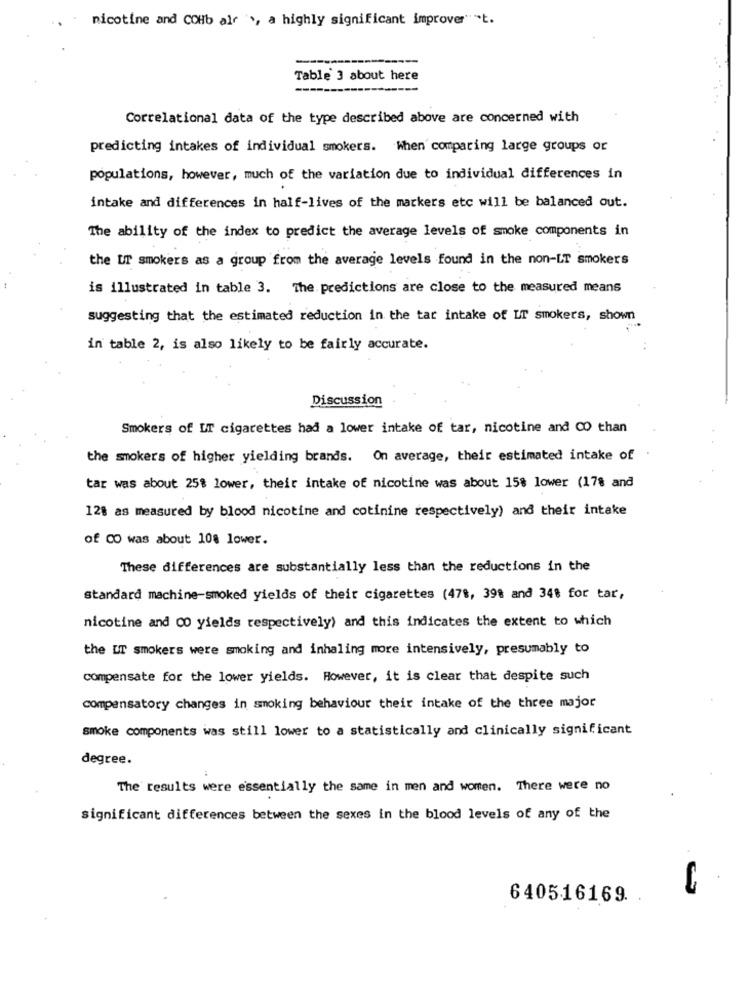
nicotine and COHb air , a highly significant improver" "t.
Table 3 about here
Correlational data of the type described above are concerned with
predicting intakes of individual smokers. When comparing large groups or
populations, however, much of the variation due to individual differences in
intake and differences in half-lives of the markers etc will be balanced out.
The ability of the index to predict the average levels of smoke components in
the UT smokers as a group from the average levels found in the non-LT smokers
is illustrated in table 3. The predictions are close to the measured means
suggesting that the estimated reduction in the tar intake of LT smokers, shown
in table 2, is also likely to be fairly accurate.
Discussion
Smokers of IT cigarettes had a lower intake of tar, nicotine and CO than
the smokers of higher yielding brands. On average, their estimated intake of
tar was about 25% lower, their intake of nicotine was about 15% lower (178 and
12% as measured by blood nicotine and cotinine respectively) and their intake
of CO was about 108 lower.
These differences are substantially less than the reductions in the
standard machine-smoked yields of their cigarettes (478, 39% and 348 for tar,
nicotine and 00 yields respectively) and this indicates the extent to which
the UT smokers were smoking and inhaling more intensively, presumably to
compensate for the lower yields. However, it is clear that despite such
compensatory changes in smoking behaviour their intake of the three major
smoke components was still lower to a statistically and clinically significant
degree.
The results were essentially the same in men and women. There were no
significant differences between the sexes in the blood levels of any of the
640516169.